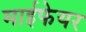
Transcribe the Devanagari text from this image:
माईफेयर